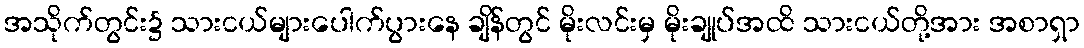
အသိုက်တွင်း၌ သားငယ်များပေါက်ပွားနေ ချိန်တွင် မိုးလင်းမှ မိုးချုပ်အထိ သားငယ်တို့အား အစာရှာ